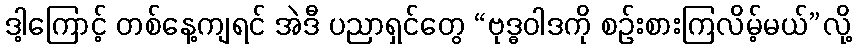
ဒါ့ကြောင့် တစ်နေ့ကျရင် အဲဒီ ပညာရှင်တွေ “ဗုဒ္ဓဝါဒကို စဉ်းစားကြလိမ့်မယ်”လို့